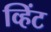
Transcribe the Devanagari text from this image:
व्हिंट